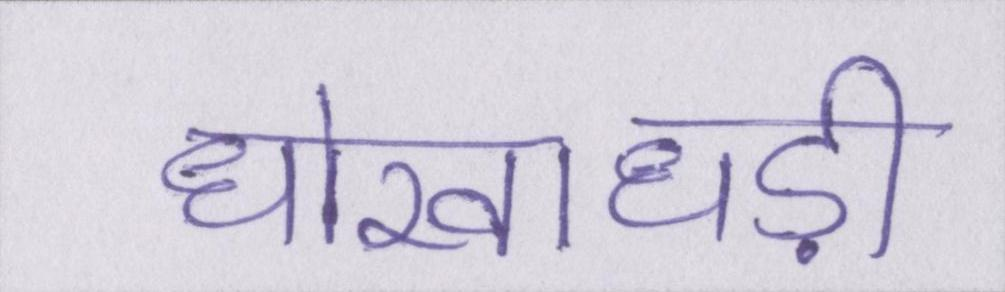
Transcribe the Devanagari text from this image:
धोखाधड़ी